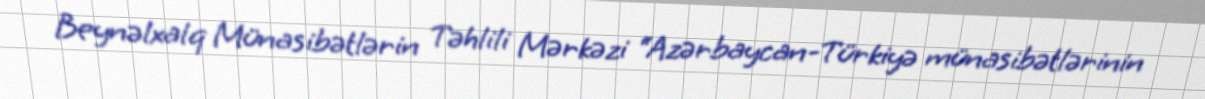
Beynəlxalq Münasibətlərin Təhlili Mərkəzi “Azərbaycan-Türkiyə münasibətlərinin